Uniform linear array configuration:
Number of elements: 64
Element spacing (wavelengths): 0.25
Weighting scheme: binomial
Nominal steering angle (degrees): -60
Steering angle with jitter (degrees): -59.516
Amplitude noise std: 0.05
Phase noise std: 0.05

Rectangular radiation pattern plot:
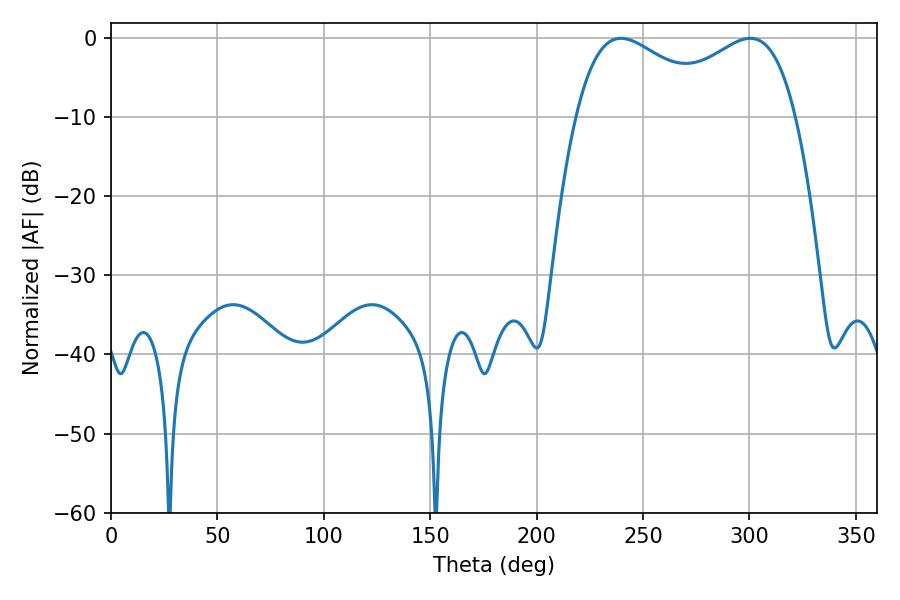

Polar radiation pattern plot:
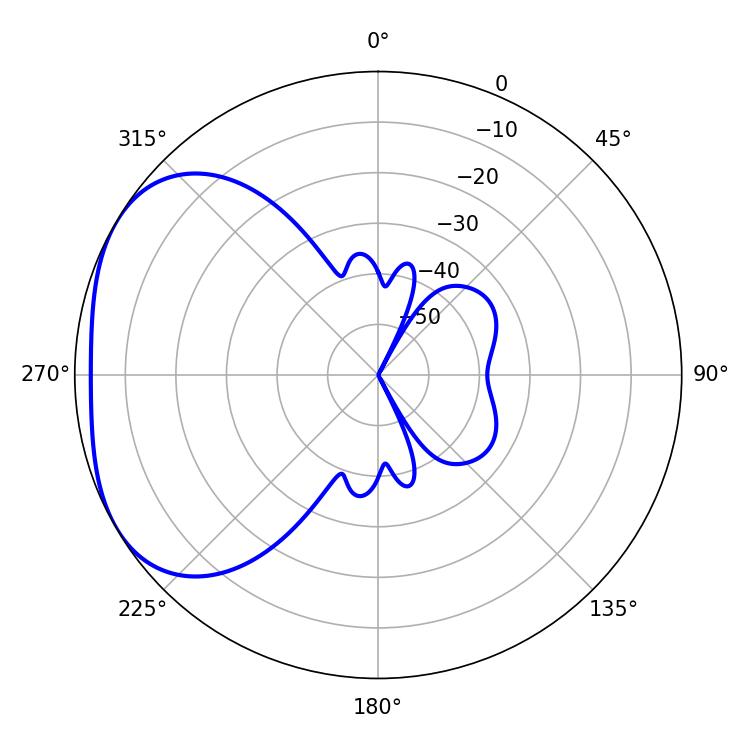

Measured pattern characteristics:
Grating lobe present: FALSE
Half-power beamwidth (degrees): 38.16
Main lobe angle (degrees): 239.58